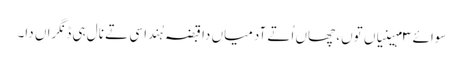
سوائے ٣ مہینیاں توں، چھاں اُتے آدمیاں دا قبضہ ہُندا سی تے نال ہی ڈنگراں دا۔